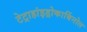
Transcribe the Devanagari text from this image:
टेट्राहांइड्रोकार्बिनोल